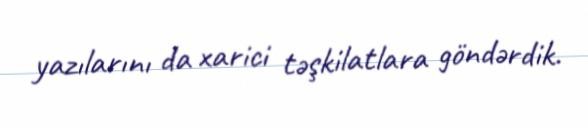
yazılarını da xarici təşkilatlara göndərdik.